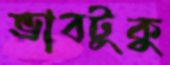
ভাবটুকু